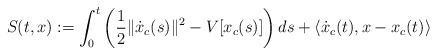
\begin{align*} S(t,x):= \int_0^t \left( \frac{1}{2} \|\dot{x}_c(s)\|^2 - V[x_c(s)] \right) ds + \langle \dot{x}_c(t) , x-x_c(t)\rangle\end{align*}